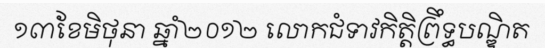
១៣ខែមិថុនា ឆ្នាំ២០១២ លោកជំទាវកិត្តិព្រឹទ្ធបណ្ឌិត